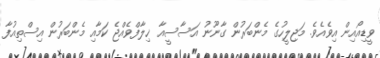
ވީޑިއޯއިން އިވެއެވެ. މަޖިލީހުގެ މެންބަރުން ގާނޫނު އަސާސީއާ ޚިލާފްވެއްޖެ ކަމާއި މެންބަރުން އިސްތިއުފާ